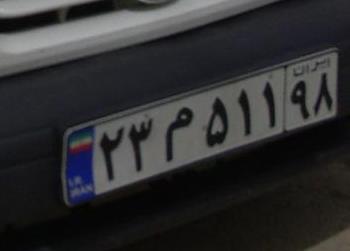
۲۳م۵۱۱۹۸